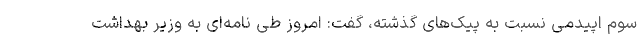
سوم اپیدمی نسبت به پیک‌های گذشته، گفت: امروز طی نامه‌ای به وزیر بهداشت